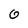
Character: 0